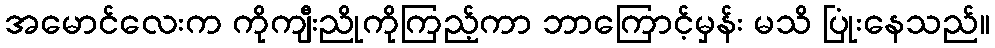
အမောင်လေးက ကိုကျီးညိုကိုကြည့်ကာ ဘာကြောင့်မှန်း မသိ ပြုံးနေသည်။